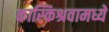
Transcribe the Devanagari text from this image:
कास्किश्रवामध्ये